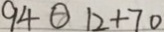
9 4 \textcircled { > } 1 2 + 7 0